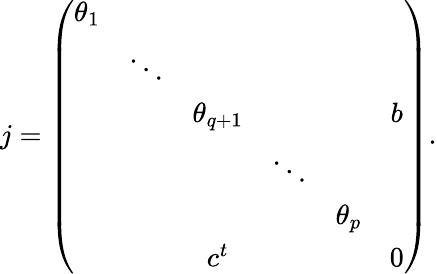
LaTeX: j=\left(\begin{array}{cccccc}{{\theta_{1}}}&{{}}&{{}}&{{}}&{{}}&{{}}\\ {{}}&{{\ddots}}&{{}}&{{}}&{{}}&{{}}\\ {{}}&{{}}&{{\theta_{q+1}}}&{{}}&{{}}&{{b}}\\ {{}}&{{}}&{{}}&{{\ddots}}&{{}}&{{}}\\ {{}}&{{}}&{{}}&{{}}&{{\theta_{p}}}&{{}}\\ {{}}&{{}}&{{c^{t}}}&{{}}&{{}}&{{0}}\end{array}\right).